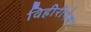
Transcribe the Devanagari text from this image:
विहीरीपेक्षा